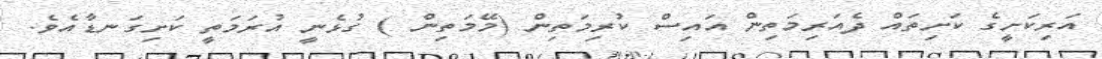
އަރިކަށީގެ ކަށިތައް ދެއަރިމަތިން އައިސް ކުރިމަތިން (މޭމަތިން ) ގުޅެނީ އުރަމަތީ ކަށިގަނޑާއެވެ.